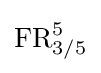
\operatorname {FR} _{3/5}^{5}